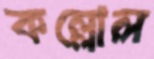
কল্লোল